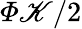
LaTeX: \varPhi\mathscr{K}/2